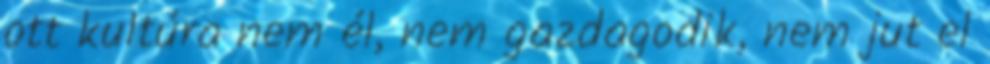
ott kultúra nem él, nem gazdagodik, nem jut el